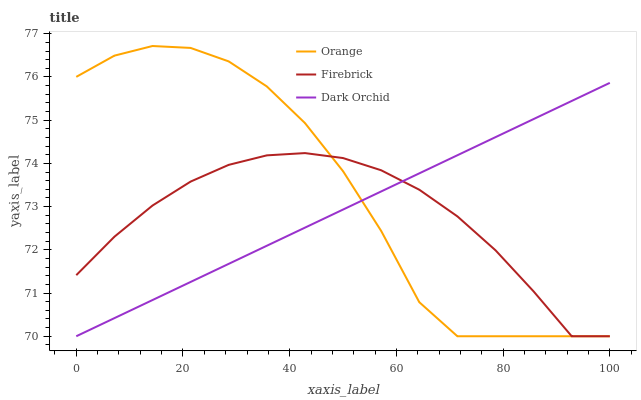
| xaxis_label | Orange | Firebrick | Dark Orchid |
 | --- | --- | --- | --- |
 | 0 | 76 | 71.4 | 70 |
 | 7.14 | 76.5 | 72.3 | 70.4 |
 | 14.3 | 76.7 | 73 | 70.8 |
 | 21.4 | 76.7 | 73.6 | 71.3 |
 | 28.6 | 76.4 | 74 | 71.7 |
 | 35.7 | 75.8 | 74.2 | 72.1 |
 | 42.9 | 74.9 | 74.2 | 72.5 |
 | 50 | 73.8 | 74.1 | 72.9 |
 | 57.1 | 72.4 | 73.8 | 73.4 |
 | 64.3 | 70.8 | 73.4 | 73.8 |
 | 71.4 | 70 | 72.8 | 74.2 |
 | 78.6 | 70 | 72 | 74.6 |
 | 85.7 | 70 | 71 | 75 |
 | 92.9 | 70 | 70 | 75.4 |
 | 100 | 70 | 70 | 75.9 |